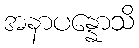
အနာပန္နောသိ